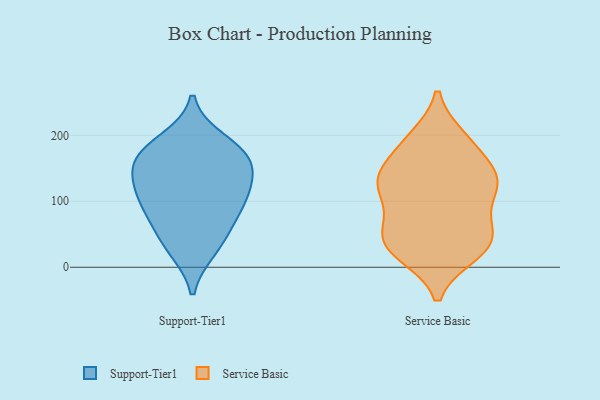
{"axis": {"x": "Inventory Turnover", "y": "Value"}, "legend": ["Service Basic", "Support-Tier1"], "data": [{"x": "", "y": 166, "type": "Support-Tier1"}, {"x": "", "y": 191, "type": "Support-Tier1"}, {"x": "", "y": 113, "type": "Support-Tier1"}, {"x": "", "y": 167, "type": "Support-Tier1"}, {"x": "", "y": 171, "type": "Support-Tier1"}, {"x": "", "y": 38, "type": "Support-Tier1"}, {"x": "", "y": 78, "type": "Support-Tier1"}, {"x": "", "y": 121, "type": "Support-Tier1"}, {"x": "", "y": 80, "type": "Support-Tier1"}, {"x": "", "y": 150, "type": "Support-Tier1"}, {"x": "", "y": 28, "type": "Support-Tier1"}, {"x": "", "y": 112, "type": "Support-Tier1"}, {"x": "", "y": 132, "type": "Service Basic"}, {"x": "", "y": 30, "type": "Service Basic"}, {"x": "", "y": 142, "type": "Service Basic"}, {"x": "", "y": 128, "type": "Service Basic"}, {"x": "", "y": 20, "type": "Service Basic"}, {"x": "", "y": 108, "type": "Service Basic"}, {"x": "", "y": 28, "type": "Service Basic"}, {"x": "", "y": 153, "type": "Service Basic"}, {"x": "", "y": 51, "type": "Service Basic"}, {"x": "", "y": 120, "type": "Service Basic"}, {"x": "", "y": 56, "type": "Service Basic"}, {"x": "", "y": 186, "type": "Service Basic"}, {"x": "", "y": 196, "type": "Service Basic"}, {"x": "", "y": 64, "type": "Service Basic"}, {"x": "", "y": 21, "type": "Service Basic"}, {"x": "", "y": 138, "type": "Service Basic"}, {"x": "", "y": 111, "type": "Service Basic"}, {"x": "", "y": 54, "type": "Service Basic"}, {"x": "", "y": 194, "type": "Service Basic"}]}